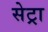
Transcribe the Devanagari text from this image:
सेट्रा